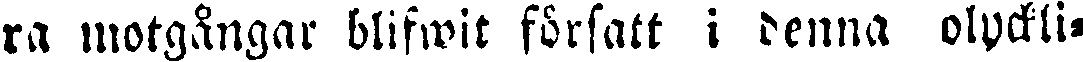
ra motgångar blifwit försatt i denna olyckli-